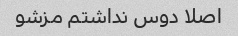
اصلا دوس نداشتم مزشو